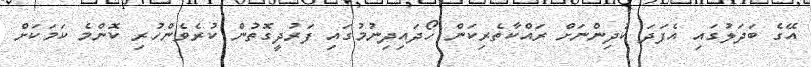
އޭގެ ބަދަލުގައި އެފަދަ ކުދިންނަށް ރައްކާތެރިކަން ހޯދައިދިނުމުގައި ފަރުދީގޮތުން ކުރެވެންހުރި ކޮންމެ ކަމަކަށް